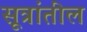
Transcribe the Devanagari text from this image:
सूत्रांतील